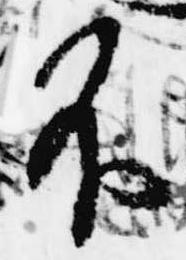
不